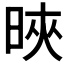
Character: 𣇍